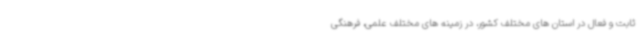
ثابت و فعال در استان های مختلف کشور، در زمینه های مختلف علمی، فرهنگی